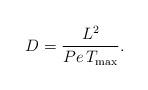
LaTeX: \begin{align*}D = \frac{L^2}{Pe\, T_\mathrm{max}}.\end{align*}